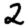
Digit: 2